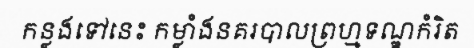
កន្លងទៅនេះ កម្លាំងនគរបាលព្រហ្មទណ្ឌកំរិត